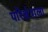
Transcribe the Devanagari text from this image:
परिक्षेत्राला